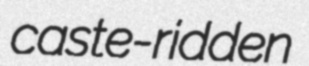
caste-ridden